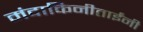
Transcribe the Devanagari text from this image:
मंदाकिनीताईंनी